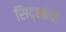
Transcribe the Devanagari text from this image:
सिद्धांनी